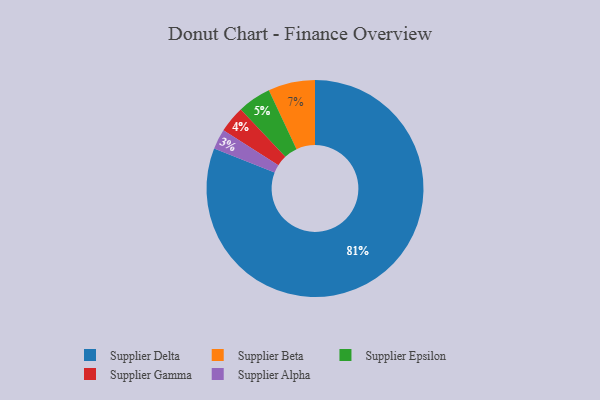
{"axis": {"x": "Category", "y": "Percentage"}, "legend": ["Supplier Alpha", "Supplier Beta", "Supplier Delta", "Supplier Epsilon", "Supplier Gamma"], "data": [{"x": "Supplier Gamma", "y": 4, "type": "Supplier Gamma"}, {"x": "Supplier Beta", "y": 7, "type": "Supplier Beta"}, {"x": "Supplier Epsilon", "y": 5, "type": "Supplier Epsilon"}, {"x": "Supplier Delta", "y": 81, "type": "Supplier Delta"}, {"x": "Supplier Alpha", "y": 3, "type": "Supplier Alpha"}]}